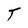
Character: T